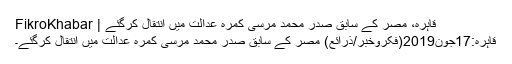
قاہرہ، مصر کے سابق صدر محمد مرسی کمرہ عدالت میں انتقال کرگئے | FikroKhabar
قاہرہ:17جون2019(فکروخبر/ذرائع) مصر کے سابق صدر محمد مرسی کمرہ عدالت میں انتقال کرگئے۔